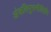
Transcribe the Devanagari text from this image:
अंजलिपुरानीलिपि